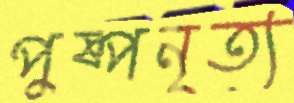
পুষ্পনৃত্য